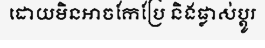
ដោយមិនអាចកែប្រែ និងផ្លាស់ប្តូរ